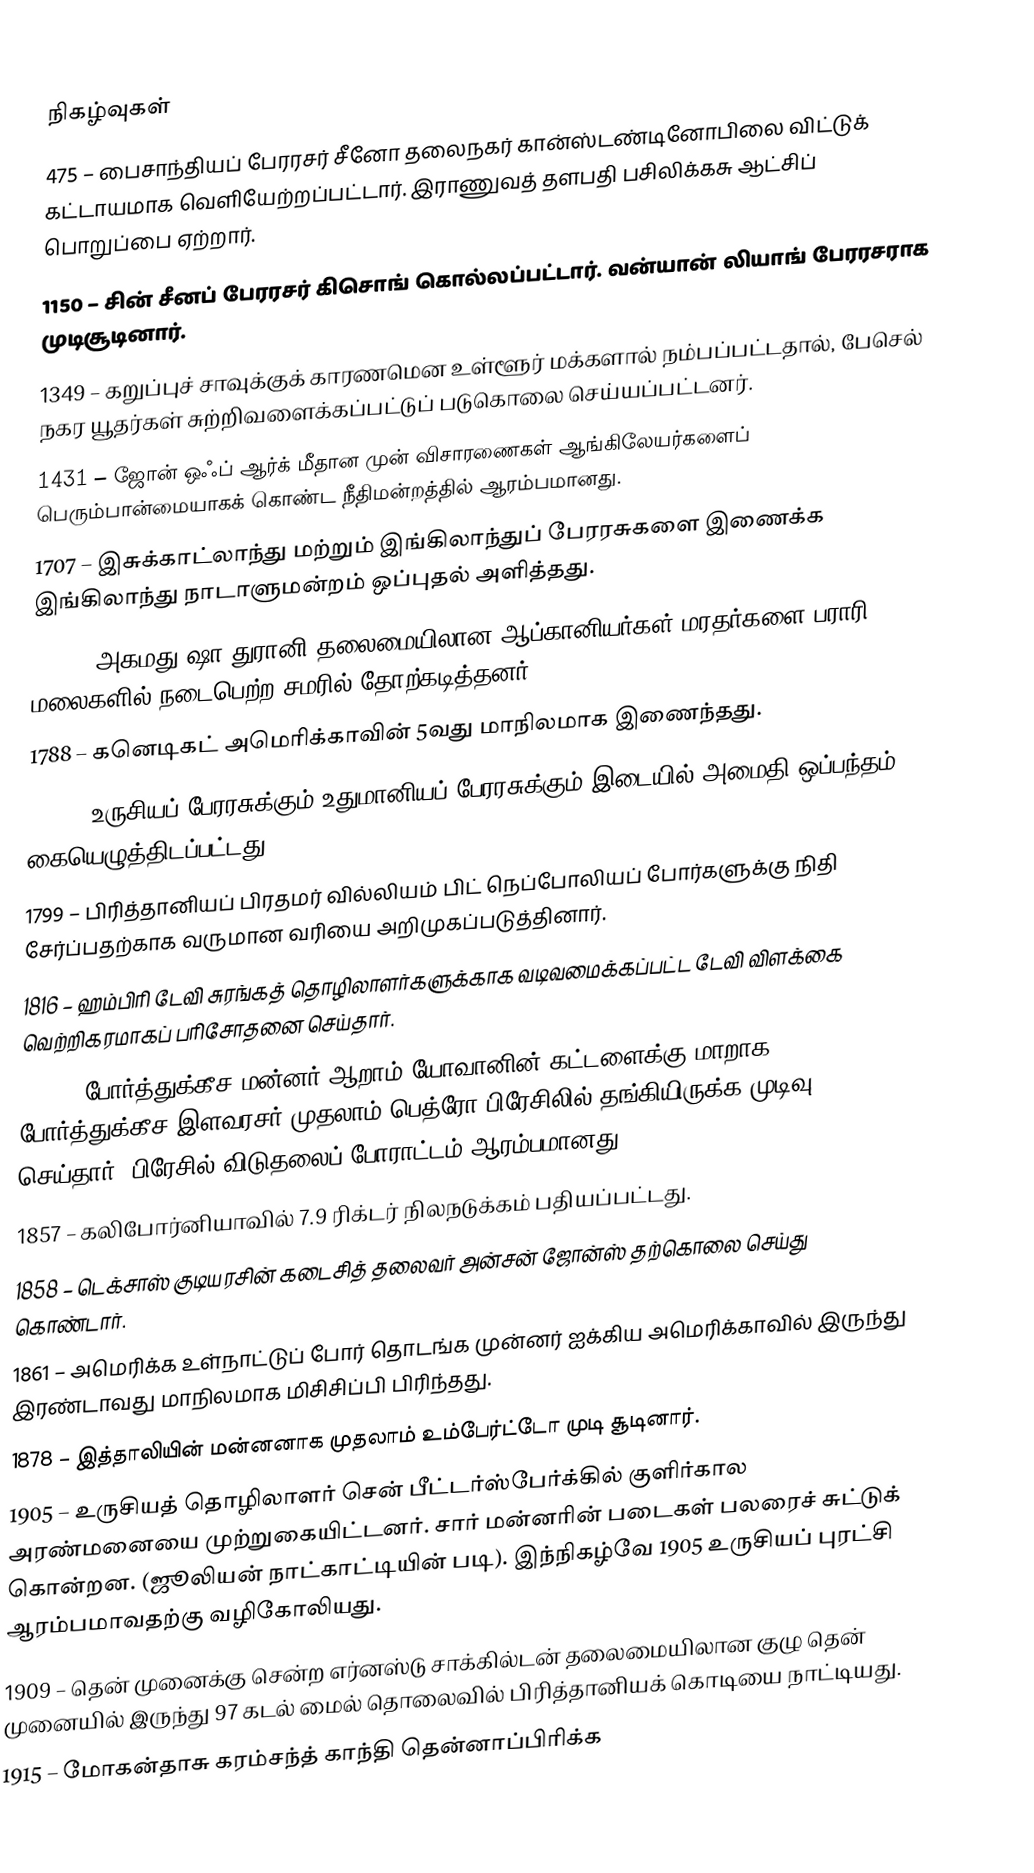

நிகழ்வுகள்
475 – பைசாந்தியப் பேரரசர் சீனோ தலைநகர் கான்ஸ்டண்டினோபிலை விட்டுக் கட்டாயமாக வெளியேற்றப்பட்டார். இராணுவத் தளபதி பசிலிக்கசு ஆட்சிப் பொறுப்பை ஏற்றார்.
1150 – சின் சீனப் பேரரசர் கிசொங் கொல்லப்பட்டார். வன்யான் லியாங் பேரரசராக முடிசூடினார்.
1349 – கறுப்புச் சாவுக்குக் காரணமென உள்ளூர் மக்களால் நம்பப்பட்டதால், பேசெல் நகர யூதர்கள் சுற்றிவளைக்கப்பட்டுப் படுகொலை செய்யப்பட்டனர்.
1431 – ஜோன் ஒஃப் ஆர்க் மீதான முன் விசாரணைகள் ஆங்கிலேயர்களைப் பெரும்பான்மையாகக் கொண்ட நீதிமன்றத்தில் ஆரம்பமானது.
1707 – இசுக்காட்லாந்து மற்றும் இங்கிலாந்துப் பேரரசுகளை இணைக்க இங்கிலாந்து நாடாளுமன்றம் ஒப்புதல் அளித்தது.
1760 – அகமது ஷா துரானி தலைமையிலான ஆப்கானியர்கள் மரதர்களை பராரி மலைகளில் நடைபெற்ற சமரில் தோற்கடித்தனர்.
1788 – கனெடிகட் அமெரிக்காவின் 5வது மாநிலமாக இணைந்தது.
1792 – உருசியப் பேரரசுக்கும் உதுமானியப் பேரரசுக்கும் இடையில் அமைதி ஒப்பந்தம் கையெழுத்திடப்பட்டது.
1799 – பிரித்தானியப் பிரதமர் வில்லியம் பிட் நெப்போலியப் போர்களுக்கு நிதி சேர்ப்பதற்காக வருமான வரியை அறிமுகப்படுத்தினார்.
1816 – ஹம்பிரி டேவி சுரங்கத் தொழிலாளர்களுக்காக வடிவமைக்கப்பட்ட டேவி விளக்கை வெற்றிகரமாகப் பரிசோதனை செய்தார்.
1822 – போர்த்துக்கீச மன்னர் ஆறாம் யோவானின் கட்டளைக்கு மாறாக போர்த்துக்கீச இளவரசர் முதலாம் பெத்ரோ பிரேசிலில் தங்கியிருக்க முடிவு செய்தார். பிரேசில் விடுதலைப் போராட்டம் ஆரம்பமானது.
1857 – கலிபோர்னியாவில் 7.9 ரிக்டர் நிலநடுக்கம் பதியப்பட்டது.
1858 – டெக்சாஸ் குடியரசின் கடைசித் தலைவர் அன்சன் ஜோன்ஸ் தற்கொலை செய்து கொண்டார்.
1861 – அமெரிக்க உள்நாட்டுப் போர் தொடங்க முன்னர் ஐக்கிய அமெரிக்காவில் இருந்து இரண்டாவது மாநிலமாக மிசிசிப்பி பிரிந்தது.
1878 – இத்தாலியின் மன்னனாக முதலாம் உம்பேர்ட்டோ முடி சூடினார்.
1905 – உருசியத் தொழிலாளர் சென் பீட்டர்ஸ்பேர்க்கில் குளிர்கால அரண்மனையை முற்றுகையிட்டனர். சார் மன்னரின் படைகள் பலரைச் சுட்டுக் கொன்றன. (ஜூலியன் நாட்காட்டியின் படி). இந்நிகழ்வே 1905 உருசியப் புரட்சி ஆரம்பமாவதற்கு வழிகோலியது.
1909 – தென் முனைக்கு சென்ற எர்னஸ்டு சாக்கில்டன் தலைமையிலான குழு தென் முனையில் இருந்து 97 கடல் மைல் தொலைவில் பிரித்தானியக் கொடியை நாட்டியது.
1915 – மோகன்தாசு கரம்சந்த் காந்தி தென்னாப்பிரிக்க